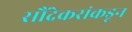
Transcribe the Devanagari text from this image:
सौंदेकरांकडून